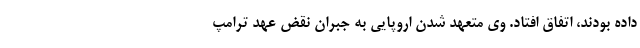
داده بودند، اتفاق افتاد. وی متعهد شدن اروپایی به جبران نقض عهد ترامپ